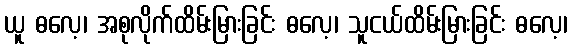
ယူ ဓလေ့၊ အစုလိုက်ထိမ်းမြားခြင်း ဓလေ့၊ သူငယ်ထိမ်းမြားခြင်း ဓလေ့၊